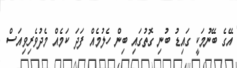
އޭގެ ބޭނުމަކީ ގައިޑު ބުނި ގޮތުގައި ބިން ހެލުމެއް ފަދަ ކަމެއް މެދުވެރިވިއަސް